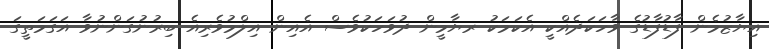
އިޔާޒުމެން ފާޑުފާޑުގެ ވާހަކަދެއްކީ އެކަމަކު ރޔާމީން ދުވަހަކުވެސް އެއިން އިލްމުވެރިއެ ބިރުނުގަންނުވާ އަގަމަތީގަ